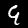
Label: 9